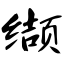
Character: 缬